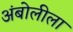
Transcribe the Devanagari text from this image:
अंबोलीला